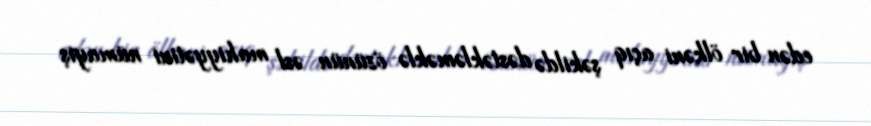
edən bir ölkəni açıq şəkildə dəstəkləməklə özünün əsl mahiyyətini nümayiş